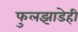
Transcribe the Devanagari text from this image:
फुलझाडेही